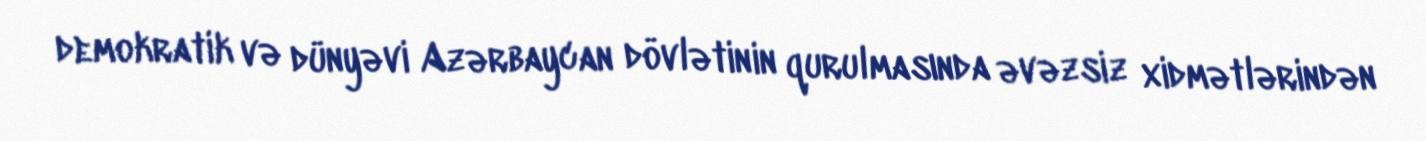
demokratik və dünyəvi Azərbaycan dövlətinin qurulmasında əvəzsiz xidmətlərindən